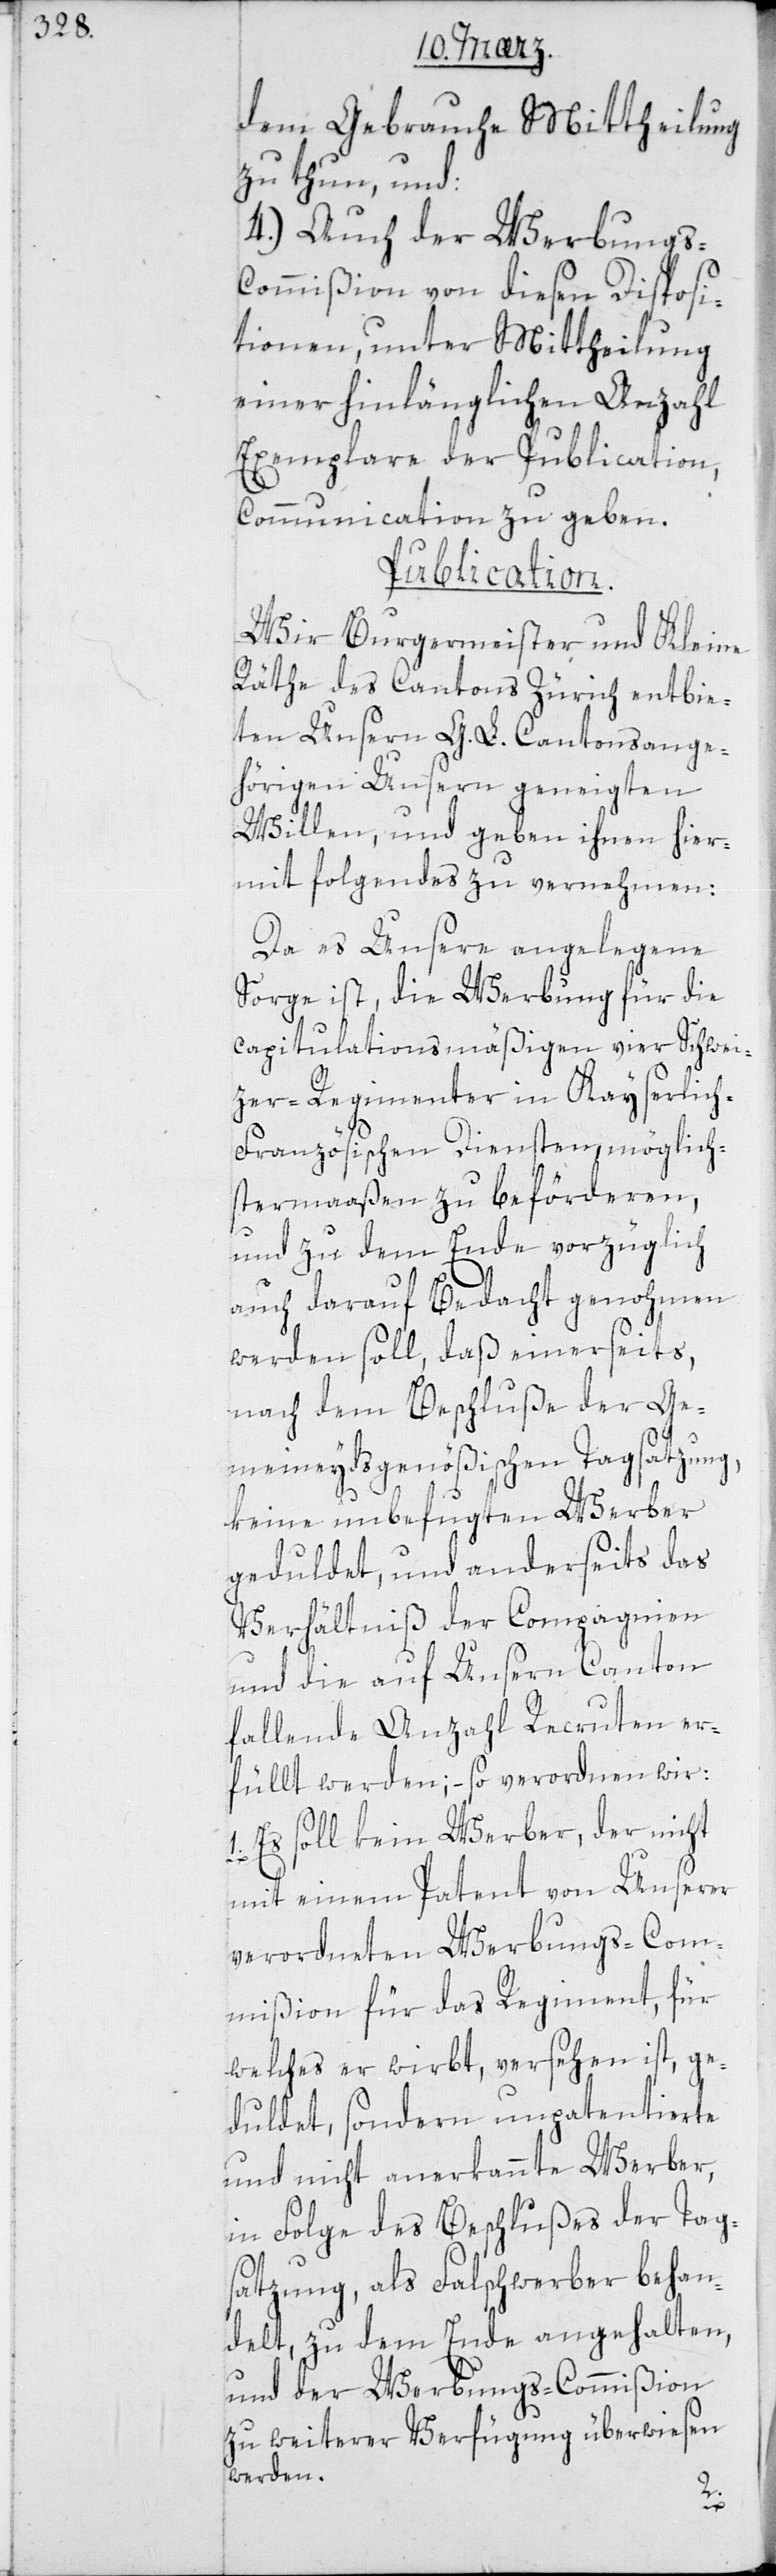
dem Gebrauche Mittheilung
zu thun, und
4.) Auch der Werbungs-C¬
ommißion von diesen Disposi¬
tionen, unter Mittheilung
einer hinlänglichen Anzahl
Exemplare der Publication,
Communication zu geben.
Publication.
Wir Burgermeister und Kleine
Räthe des Cantons Zürich entbie¬
ten Unsern G. L. Cantonsange¬
hörigen Unsern geneigten
Willen, und geben ihnen hier¬
mit Folgendes zu vernehmen:
Da es Unsere angelegene
Sorge ist, die Werbung für die
capitulationsmäßigen vier Schwei¬
tzer-Regimenter in Kayserlic¬
h-Französischen Diensten möglich¬
stermaaßen zu beförderen,
und zu dem Ende vorzüglich
auch darauf Bedacht genohmen
werden soll, daß einerseits,
nach dem Beschluße der Ge¬
meineydsgenößischen Tagsatzung,
keine unbefugten Werber
geduldet, und anderseits das
Verhältniß der Compagnien
und die auf Unsern Canton
fallende Anzahl Recruten er¬
füllt werden; – so verordnen wir:
1. Es soll kein Werber, der nicht
mit einem Patent von Unserer
verordneten Werbungs-Com¬
mißion für das Regiment, für
welches er wirbt, versehen ist, ge¬
duldet, sondern unpatentierte
und nicht anerkannte Werber,
in Folge des Beschlußes der Tag¬
satzung, als Falschwerber behan¬
delt, zu dem Ende angehalten,
und der Werbungs-Commißion
zu weiterer Verfügung überwiesen
werden.